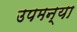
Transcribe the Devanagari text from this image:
उपमन्या